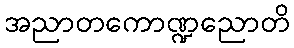
အညာတကောဏ္ဍညောတိ